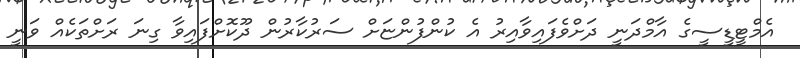
އެމްޓީޑީސީގެ އާމްދަނީ ދަށްވެފައިވާއިރު އެ ކުންފުންޏަށް ސަރުކާރުން ދޫކޮށްފައިވާ ގިނަ ރަށްތަކެއް ވަނީ